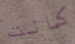
كانت